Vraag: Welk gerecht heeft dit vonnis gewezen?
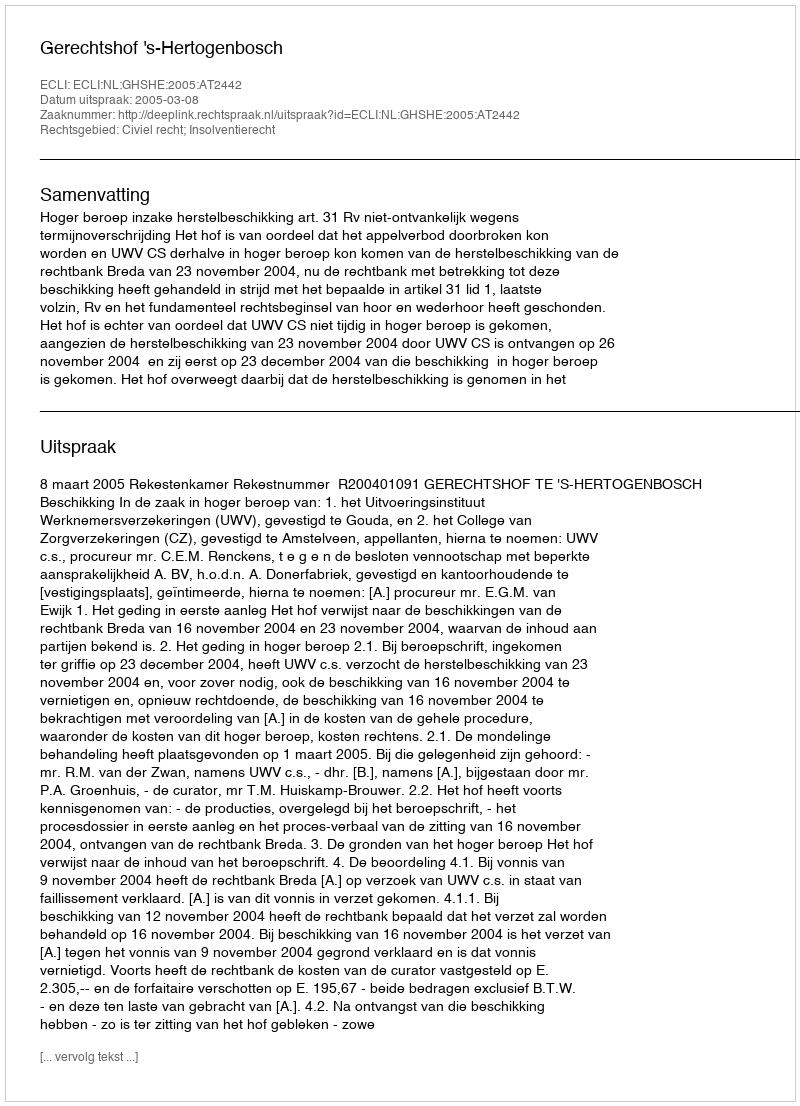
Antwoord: Gerechtshof 's-Hertogenbosch